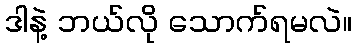
ဒါနဲ့ ဘယ်လို သောက်ရမလဲ။